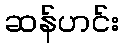
ဆန်ဟင်း